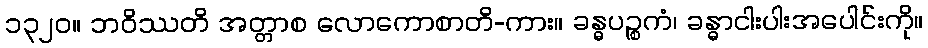
၁၃၂၀။ ဘဝိဿတိ အတ္တာစ လောကောစာတိ-ကား။ ခန္ဓပဉ္စကံ၊ ခန္ဓာငါးပါးအပေါင်းကို။